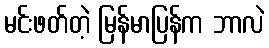
မင်းဖတ်တဲ့ မြန်မာပြန်က ဘာလဲ